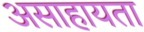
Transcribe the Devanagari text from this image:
असाहायता